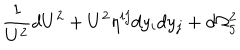
LaTeX: \frac { 1 } { U ^ { 2 } } d U ^ { 2 } + U ^ { 2 } \eta ^ { i j } d y _ { i } d y _ { j } + d \Omega _ { 5 } ^ { 2 }